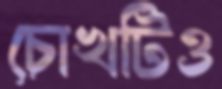
চোখটিও